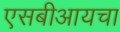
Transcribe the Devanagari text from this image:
एसबीआयचा